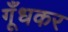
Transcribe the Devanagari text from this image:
गूँधकर